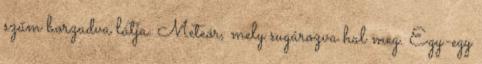
szűm borzadva látja. Meteór, mely sugározva hal meg. Egy-egy